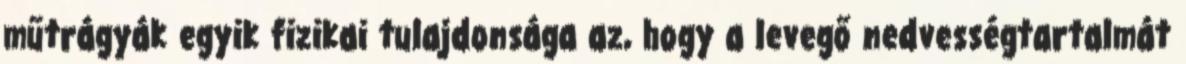
műtrágyák egyik fizikai tulajdonsága az, hogy a levegő nedvességtartalmát